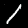
Label: 1